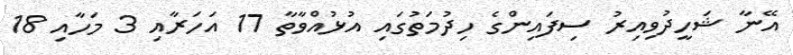
އޭނާ ޝަހީދުވިއިރު ސިފައިންގެ ހިދުމަތުގައި އުޅުއްވާތާ 17 އަހަރާއި 3 މަހާއި 18